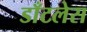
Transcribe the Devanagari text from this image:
डाँटलेस